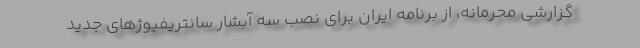
گزارشی محرمانه، از برنامه ایران برای نصب سه آبشار سانتریفیوژهای جدید